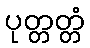
ပုတ္တတ္တံ